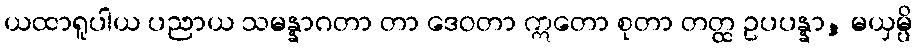
ယထာရူပါယ ပညာယ သမန္နာဂတာ တာ ဒေဝတာ ဣတော စုတာ တတ္ထ ဥပပန္နာ, မယှမ္ပိ